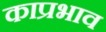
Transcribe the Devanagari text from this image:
काप्रभाव